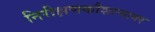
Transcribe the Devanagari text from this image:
निरीक्षणकौशल्यावर